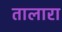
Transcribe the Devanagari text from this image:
तालारा